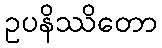
ဥပနိဿိတော